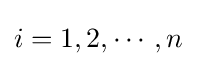
i=1,2,\cdots ,n